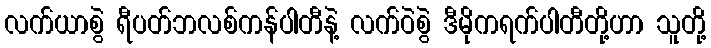
လက်ယာစွဲ ရီပတ်ဘလစ်ကန်ပါတီနဲ့ လက်ဝဲစွဲ ဒီမိုကရက်ပါတီတို့ဟာ သူတို့